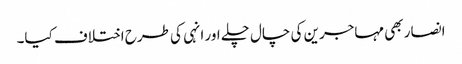
انصار بھی مہاجرین کی چال چلے اور انہی کی طرح اختلاف کیا۔